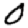
Digit: 0